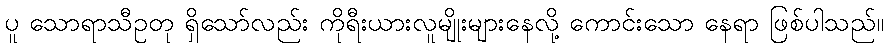
ပူ သောရာသီဥတု ရှိသော်လည်း ကိုရီးယားလူမျိုးများနေလို့ ကောင်းသော နေရာ ဖြစ်ပါသည်။